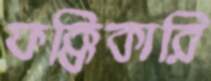
ফক্কিকারি